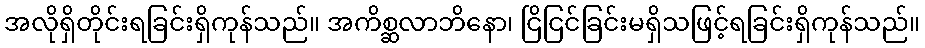
အလိုရှိတိုင်းရခြင်းရှိကုန်သည်။ အကိစ္ဆလာဘိနော၊ ငြိငြင်ခြင်းမရှိသဖြင့်ရခြင်းရှိကုန်သည်။